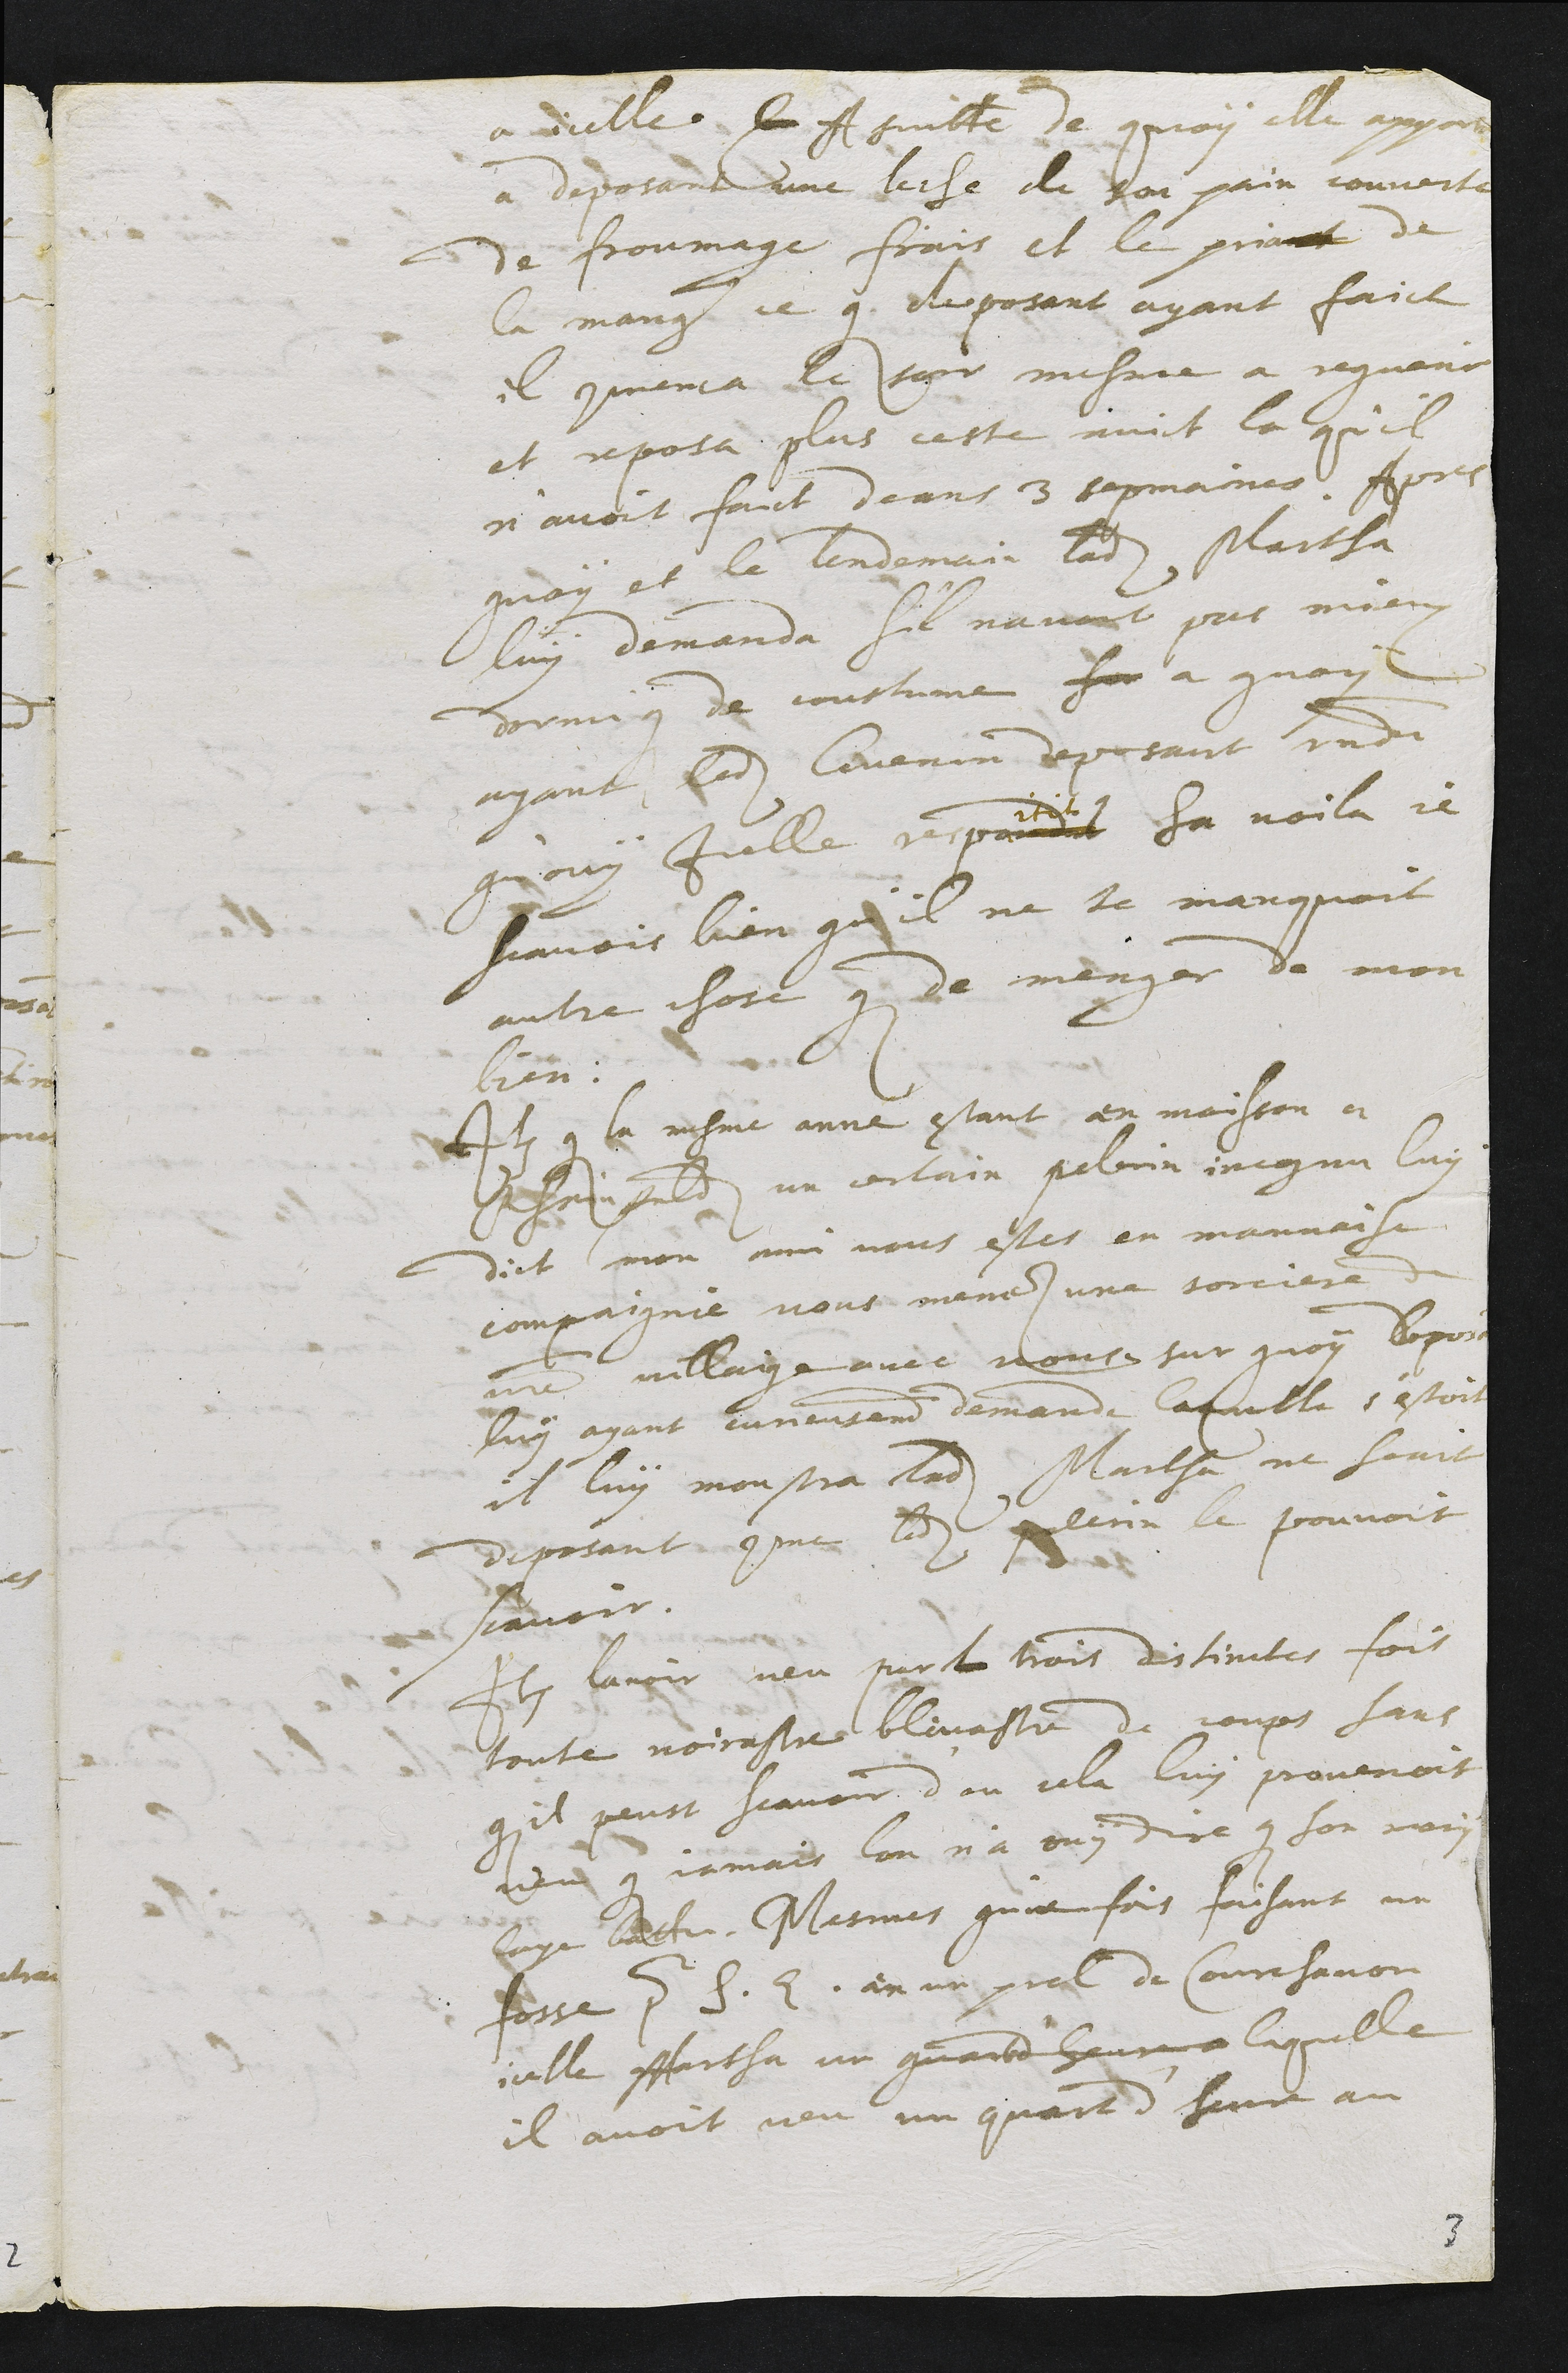
a icelle. Q A suitte de quoy elle apporta
a deposant une leche de son pain couverte
de froumage frais et le priant de
la manger ce que deposant ayant faict
il commenca le soir mesme a reguerir
et reposa plus cette nuict la qu'il
n'avoit faict deans 3 sepmaines. Apres
quoy et le lendemain ladite Martha
luy demanda s'il navoit pas mieux
dormi que de coustume sur a quoy
ayant ledit Guenin deposant repondu
qu'ouy Icelle respondit ha voila je
scavois bien qu'il ne te manquoit
autre chose que de manger de mon
bien.
Item que la mesme anne estant en moisson a
Rheinfelden un certain pelerin incognu luy
dict mon ami vous estes en mauvaise
compaignie vous menes une sorciere de
votre villaige avec vous sur quoy deposant
luy ayant curieusement demande laquelle s'estoit
il luy monstra ladite Martha ne scait
deposant comme ledit pelerin le pouvoit
scavoir.
Item lavoir veu par tu trois distinctes fois
toute noirastre bleuastre de coups sans
que il peust scavoir d'ou cela luy provenoit
veu que jamais lon n'a ouy dire que son mary
laye battu. Mesmes qu'une fois faisant un
fosse pour S. E. en un prel de Courchavon
icelle Martha un quart d'heure laquelle
il avoit veu un quart d'heure au